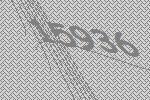
15936